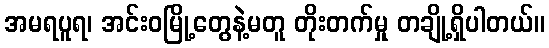
အမရပူရ၊ အင်းဝမြို့တွေနဲ့မတူ တိုးတက်မှု တချို့ရှိပါတယ်။